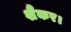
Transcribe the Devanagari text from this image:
शैंकर।